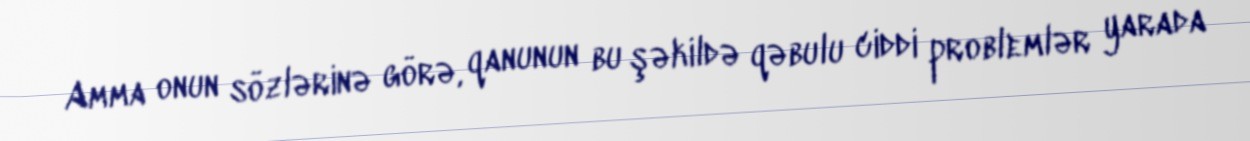
Amma onun sözlərinə görə, qanunun bu şəkildə qəbulu ciddi problemlər yarada